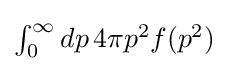
{\textstyle \int _{0}^{\infty }dp\,4\pi p^{2}f(p^{2})}